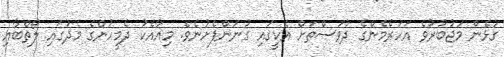
ގުޅެން މަޖުބުރުވެ އަހަރެމެންގެ ދުވަސްތަށް އެކީގައި ގުނަންފެށުނެވެ. މިއާއެކު ދެމީހުންގެ މެދުގައި ލޯތްބާއި